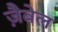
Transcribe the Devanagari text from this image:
ज़ैबेल